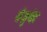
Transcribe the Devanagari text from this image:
ग्रॅजुयेट